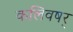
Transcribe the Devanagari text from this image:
कलिवषर्